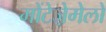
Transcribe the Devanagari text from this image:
मोंटेजे़मेलो